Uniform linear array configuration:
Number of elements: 32
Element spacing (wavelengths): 0.75
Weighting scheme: kaiser
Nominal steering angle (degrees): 0
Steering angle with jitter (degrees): -1.946
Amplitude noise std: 0.05
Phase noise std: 0.05

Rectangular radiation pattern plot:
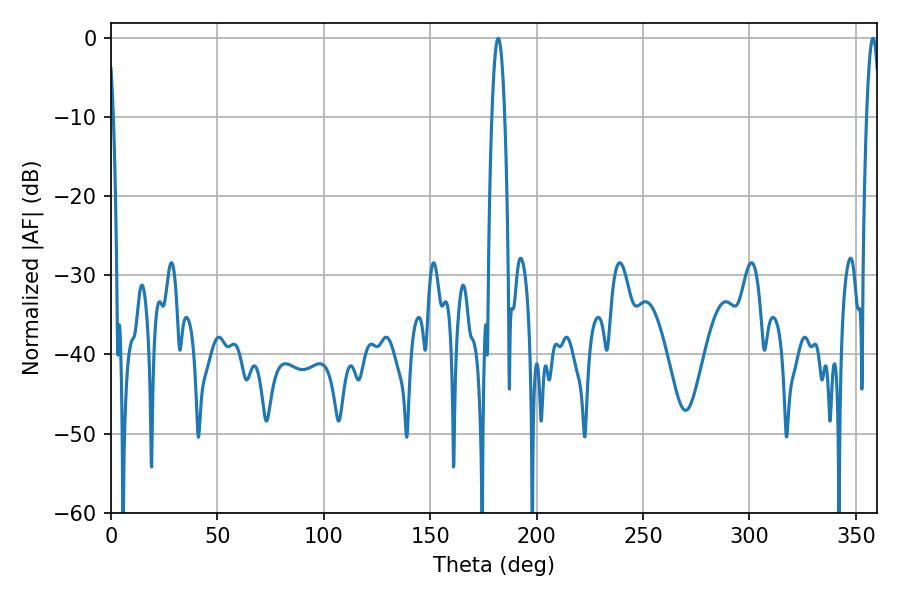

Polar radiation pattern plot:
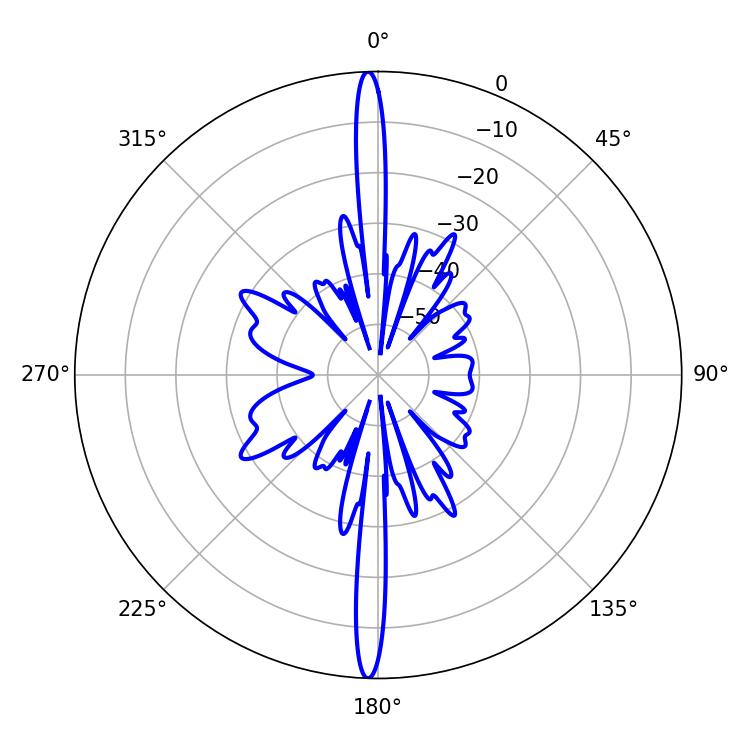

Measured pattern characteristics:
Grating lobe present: TRUE
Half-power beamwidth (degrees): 3.24
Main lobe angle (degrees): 181.98